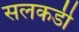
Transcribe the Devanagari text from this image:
सलकडी